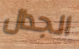
الجدال